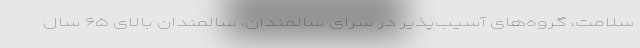
سلامت، گروه‌های آسیب‌پذیر در سرای سالمندان، سالمندان بالای ۶۵ سال